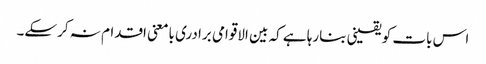
اس بات کو یقینی بنارہا ہے کہ بین الاقوامی برادری بامعنی اقدام نہ کرسکے۔